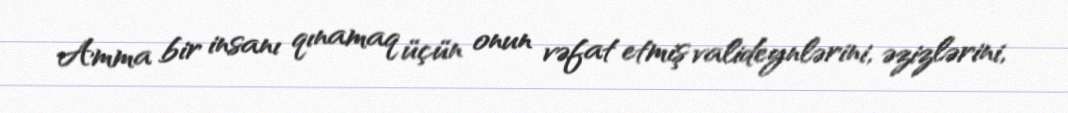
Amma bir insanı qınamaq üçün onun vəfat etmiş valideynlərini, əzizlərini,